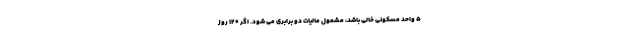
۵ واحد مسکونی خالی باشد، مشمول مالیات دو برابری می شود. اگر ۱۲۰ روز